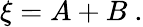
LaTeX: \xi=A+B\ .